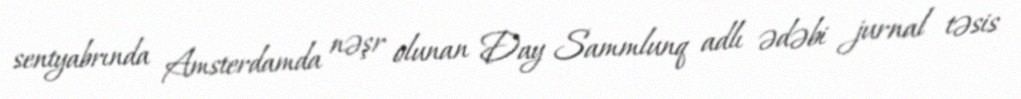
sentyabrında Amsterdamda nəşr olunan Day Sammlunq adlı ədəbi jurnal təsis